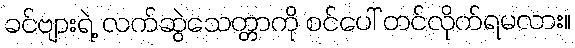
ခင်ဗျားရဲ့ လက်ဆွဲသေတ္တာကို စင်ပေါ် တင်လိုက်ရမလား။